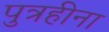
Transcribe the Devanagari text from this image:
पुत्रहीना